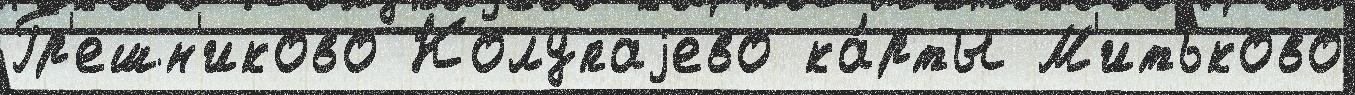
Гр'ешн'иково Колупаjево ка́рты М'итьково